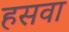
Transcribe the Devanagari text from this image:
हसवा